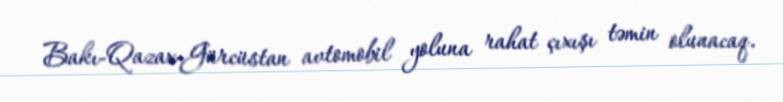
Bakı-Qazax-Gürcüstan avtomobil yoluna rahat çıxışı təmin olunacaq.